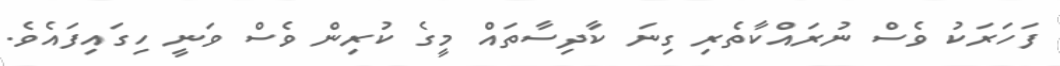
ފަހަރަކު ވެސް ނުރައްކާތެރި ގިނަ ކާދިސާތައް މީގެ ކުރިން ވެސް ވަނީ ހިގައިފައެވެ.